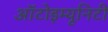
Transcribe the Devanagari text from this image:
ऑटोइम्यूनिटी